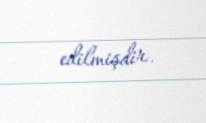
edilmişdir.